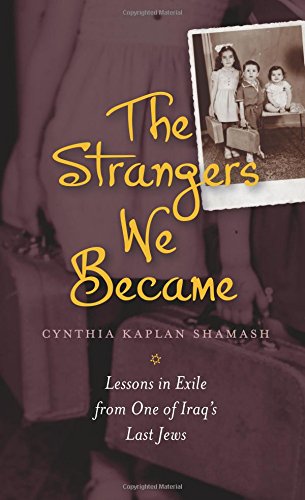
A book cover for The Strangers We Became: Lessons in Exile from One of Iraq's Last Jews (HBI Series on Jewish Women); Cynthia Kaplan Shamash; Biographies & Memoirs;